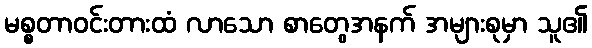
မစ္စတာဝင်းတားထံ လာသော စာတွေအနက် အများစုမှာ သူ၏